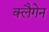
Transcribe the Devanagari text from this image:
क्लैगेन